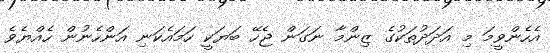
އެހެންވީމަ މި އަދަދުތަކުގެ ޒިންމާ ނަގަން ޖެހޭ ބަޔަކީ ހަމައެކަނި އަންހެނުން ހެއްޔެވެ